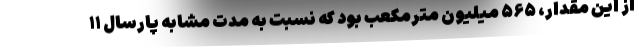
از این مقدار، ۵۶۵ میلیون مترمکعب بود که نسبت به مدت مشابه پارسال ۱۱